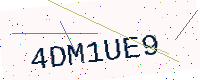
Text: 4DM1UE9